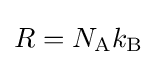
R=N_{\text{A}}k_{\text{B}}